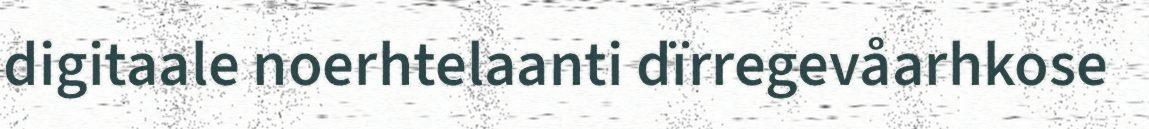
digitaale noerhtelaanti dïrregevåarhkose